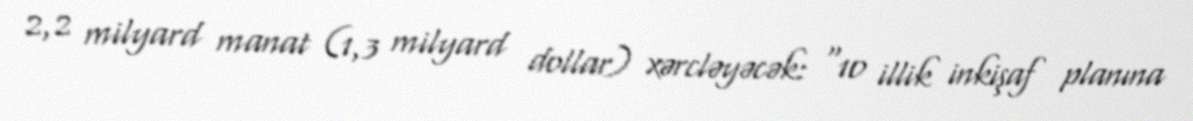
2,2 milyard manat (1,3 milyard dollar) xərcləyəcək: “10 illik inkişaf planına